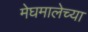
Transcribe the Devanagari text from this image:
मेघमालेच्या